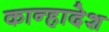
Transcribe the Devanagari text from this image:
कान्हादेश